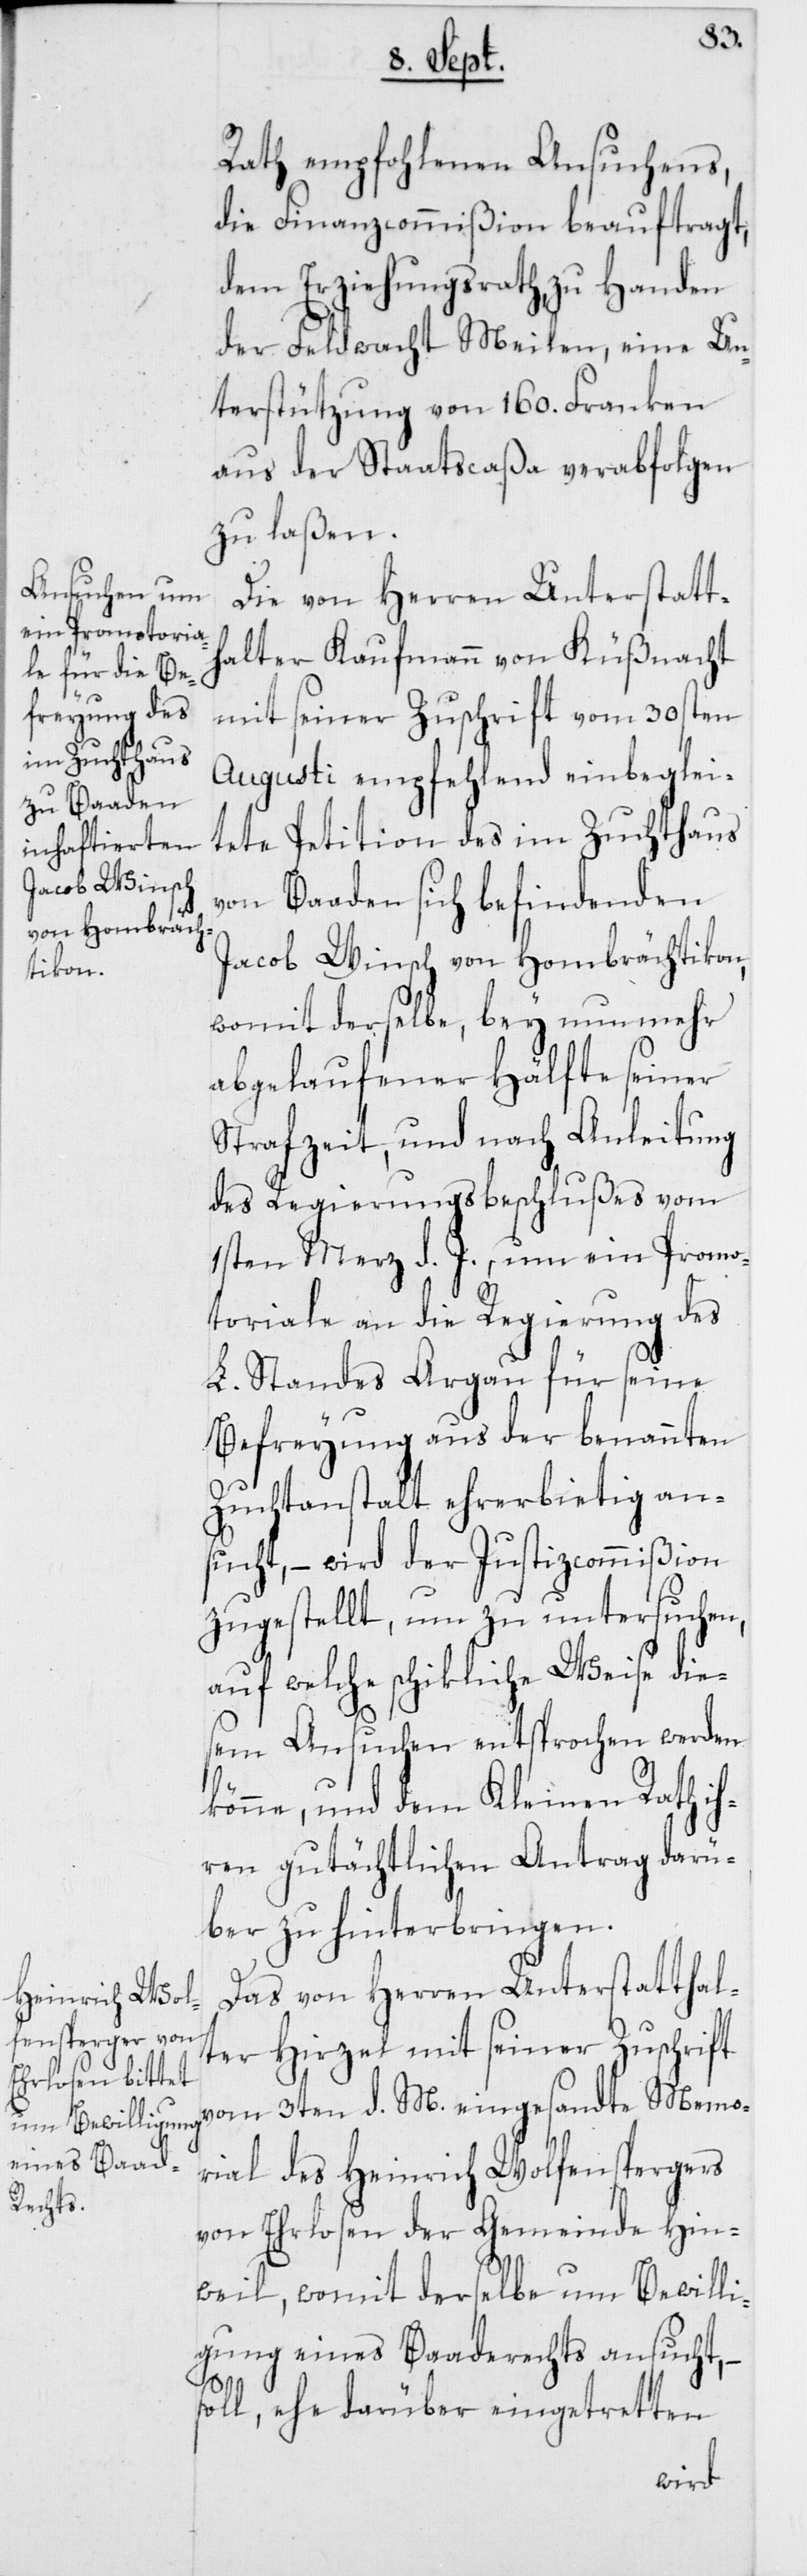
Rath empfohlenen Ansuchens,
die Finanzcommißion beauftragt,
dem Erziehungsrath, zu Handen
der Feldwacht Meilen, eine Un¬
terstützung von 160. Franken
aus der Staatscaßa verabfolgen
zu laßen.
Die von Herren Unterstatt¬
halter Kaufmann von Küßnacht
mit seiner Zuschrift vom 30sten
Augusti empfehlend einbeglei¬
tete Petition des im Zuchthaus
von Baaden sich befindenden
Jacob Winsch von Hombrächtikon,
womit derselbe, bey nunmehr
abgelaufener Hälfte seiner
Strafzeit, und nach Anleitung
des Regierungsbeschlußes vom
1sten März d. J., um ein Promo¬
toriale an die Regierung des
L. Standes Aargau für seine
Befreyung aus der benannten
Zuchtanstalt ehrerbietig an¬
sucht, – wird der Justizcommißion
zugestellt, um zu untersuchen,
auf welche schikliche Weise die¬
sem Ansuchen entsprochen werden
könne, und dem Kleinen Rath ih¬
ren gutächtlichen Antrag darü¬
ber zu hinterbringen.
Das von Herren Unterstatthal¬
ter Hirzel mit seiner Zuschrift
vom 3ten d. M. eingesandte Memo¬
rial des Heinrich Wolfenspergers
von Ehrlosen der Gemeinde Hin¬
weil, womit derselbe um Bewilli¬
gung eines Baaderechts ansucht, –
soll, ehe darüber eingetretten